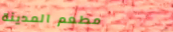
مطعم المدينة